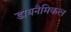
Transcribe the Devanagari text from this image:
डायनैमिकल